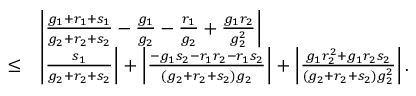
\begin{array} { r l } & { \left| \frac { g _ { 1 } + r _ { 1 } + s _ { 1 } } { g _ { 2 } + r _ { 2 } + s _ { 2 } } - \frac { g _ { 1 } } { g _ { 2 } } - \frac { r _ { 1 } } { g _ { 2 } } + \frac { g _ { 1 } r _ { 2 } } { g _ { 2 } ^ { 2 } } \right| } \\ { \leq } & { \left| \frac { s _ { 1 } } { g _ { 2 } + r _ { 2 } + s _ { 2 } } \right| + \left| \frac { - g _ { 1 } s _ { 2 } - r _ { 1 } r _ { 2 } - r _ { 1 } s _ { 2 } } { ( g _ { 2 } + r _ { 2 } + s _ { 2 } ) g _ { 2 } } \right| + \left| \frac { g _ { 1 } r _ { 2 } ^ { 2 } + g _ { 1 } r _ { 2 } s _ { 2 } } { ( g _ { 2 } + r _ { 2 } + s _ { 2 } ) g _ { 2 } ^ { 2 } } \right| . } \end{array}